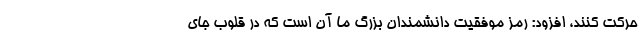
حرکت کنند، افزود: رمز موفقیت دانشمندان بزرگ ما آن است که در قلوب جای